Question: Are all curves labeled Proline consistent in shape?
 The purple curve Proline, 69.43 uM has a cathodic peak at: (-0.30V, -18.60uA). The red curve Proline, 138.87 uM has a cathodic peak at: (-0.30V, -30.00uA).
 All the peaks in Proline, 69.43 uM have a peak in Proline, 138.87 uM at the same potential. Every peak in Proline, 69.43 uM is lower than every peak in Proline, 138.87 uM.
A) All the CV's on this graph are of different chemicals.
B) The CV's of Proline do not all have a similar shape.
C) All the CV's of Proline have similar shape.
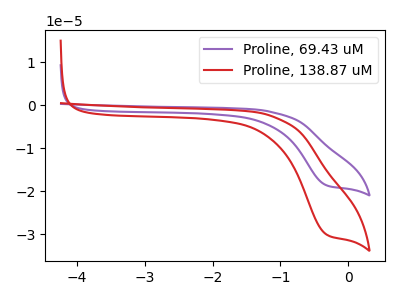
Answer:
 <answer>C) All the CV's of "Proline" have similar shape.</answer>
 <eval>C</eval>